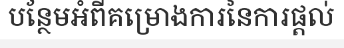
បន្ថែមអំពីគម្រោងការនៃការផ្តល់